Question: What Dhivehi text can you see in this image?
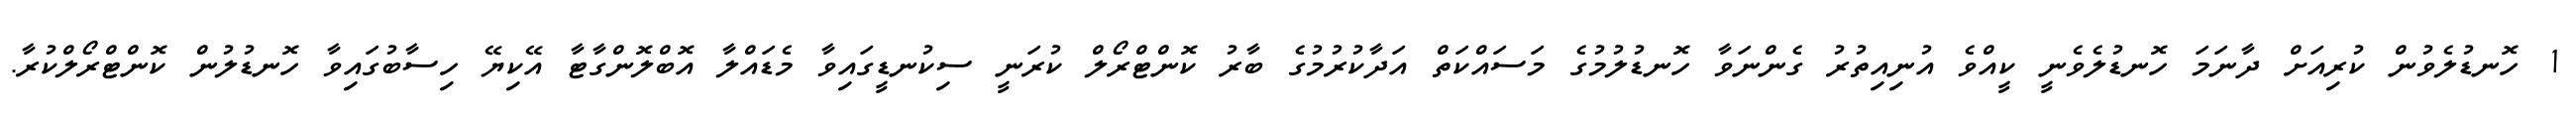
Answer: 1 ހޮނޑުލެވުން ކުރިއަށް ދާނަމަ ހޮނޑުލެވެނީ ކީއްވެ އުނިއިތުރު ގެންނަވާ ހޮނޑުލުމުގެ މަސައްކަތް އަދާކުރުމުގެ ބާރު ކޮންޓްރޯލް ކުރަނީ ސިކުނޑީގައިވާ މެޑައްލާ އޮބްލޮންގާޓާ އޭކިޔޭ ހިސާބުގައިވާ ހޮނޑުލުން ކޮންޓްރޯލްކުރާ.